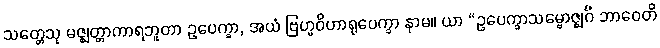
သတ္တေသု မဇ္ဈတ္တာကာရဘူတာ ဥပေက္ခာ, အယံ ဗြဟ္မဝိဟာရုပေက္ခာ နာမ။ ယာ “ဥပေက္ခာသမ္ဗောဇ္ဈင်္ဂံ ဘာဝေတိ